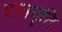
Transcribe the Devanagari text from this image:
द्दात्रवृत्ति